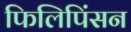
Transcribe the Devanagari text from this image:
फिलिपिंसन